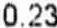
0.23